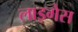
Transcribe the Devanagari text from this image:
लाइगेस